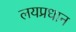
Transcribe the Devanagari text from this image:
लयप्रधान